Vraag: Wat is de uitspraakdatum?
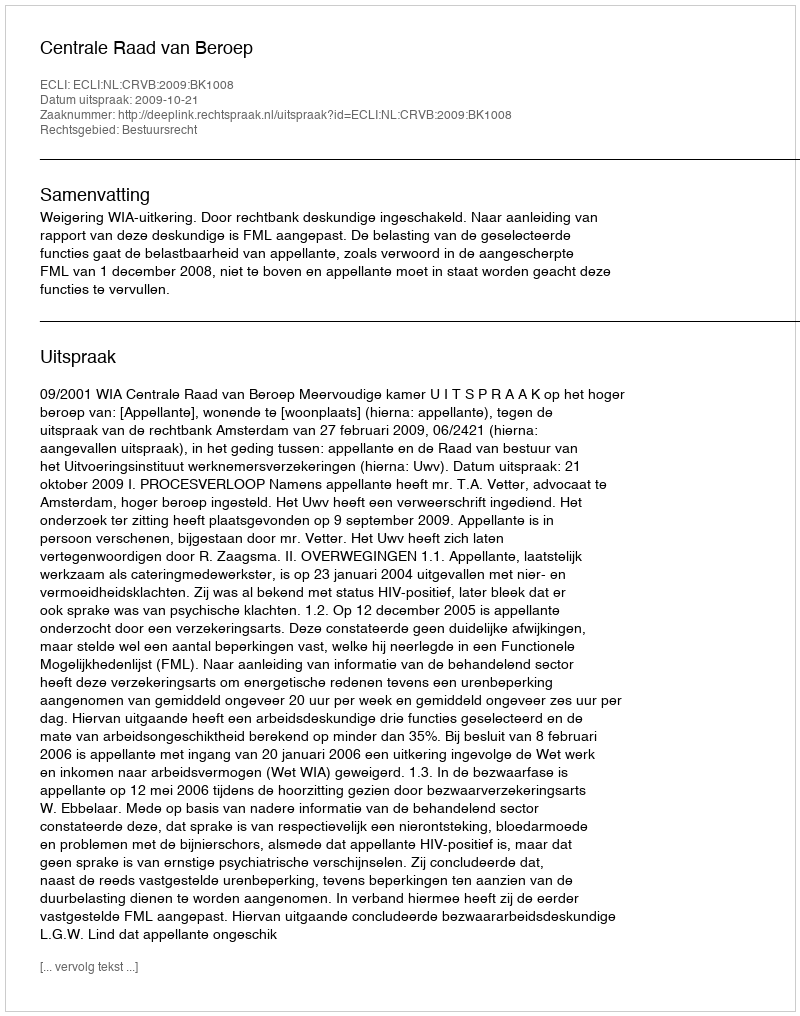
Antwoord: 2009-10-21